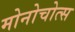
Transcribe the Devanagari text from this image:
मोनोचोत्स